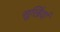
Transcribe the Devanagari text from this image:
सूर्खियां